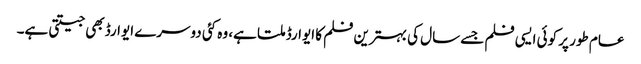
عام طور پر کوئی ایسی فلم جسے سال کی بہترین فلم کا ایوارڈ ملتا ہے، وہ کئی دوسرے ایوارڈ بھی جیتتی ہے۔